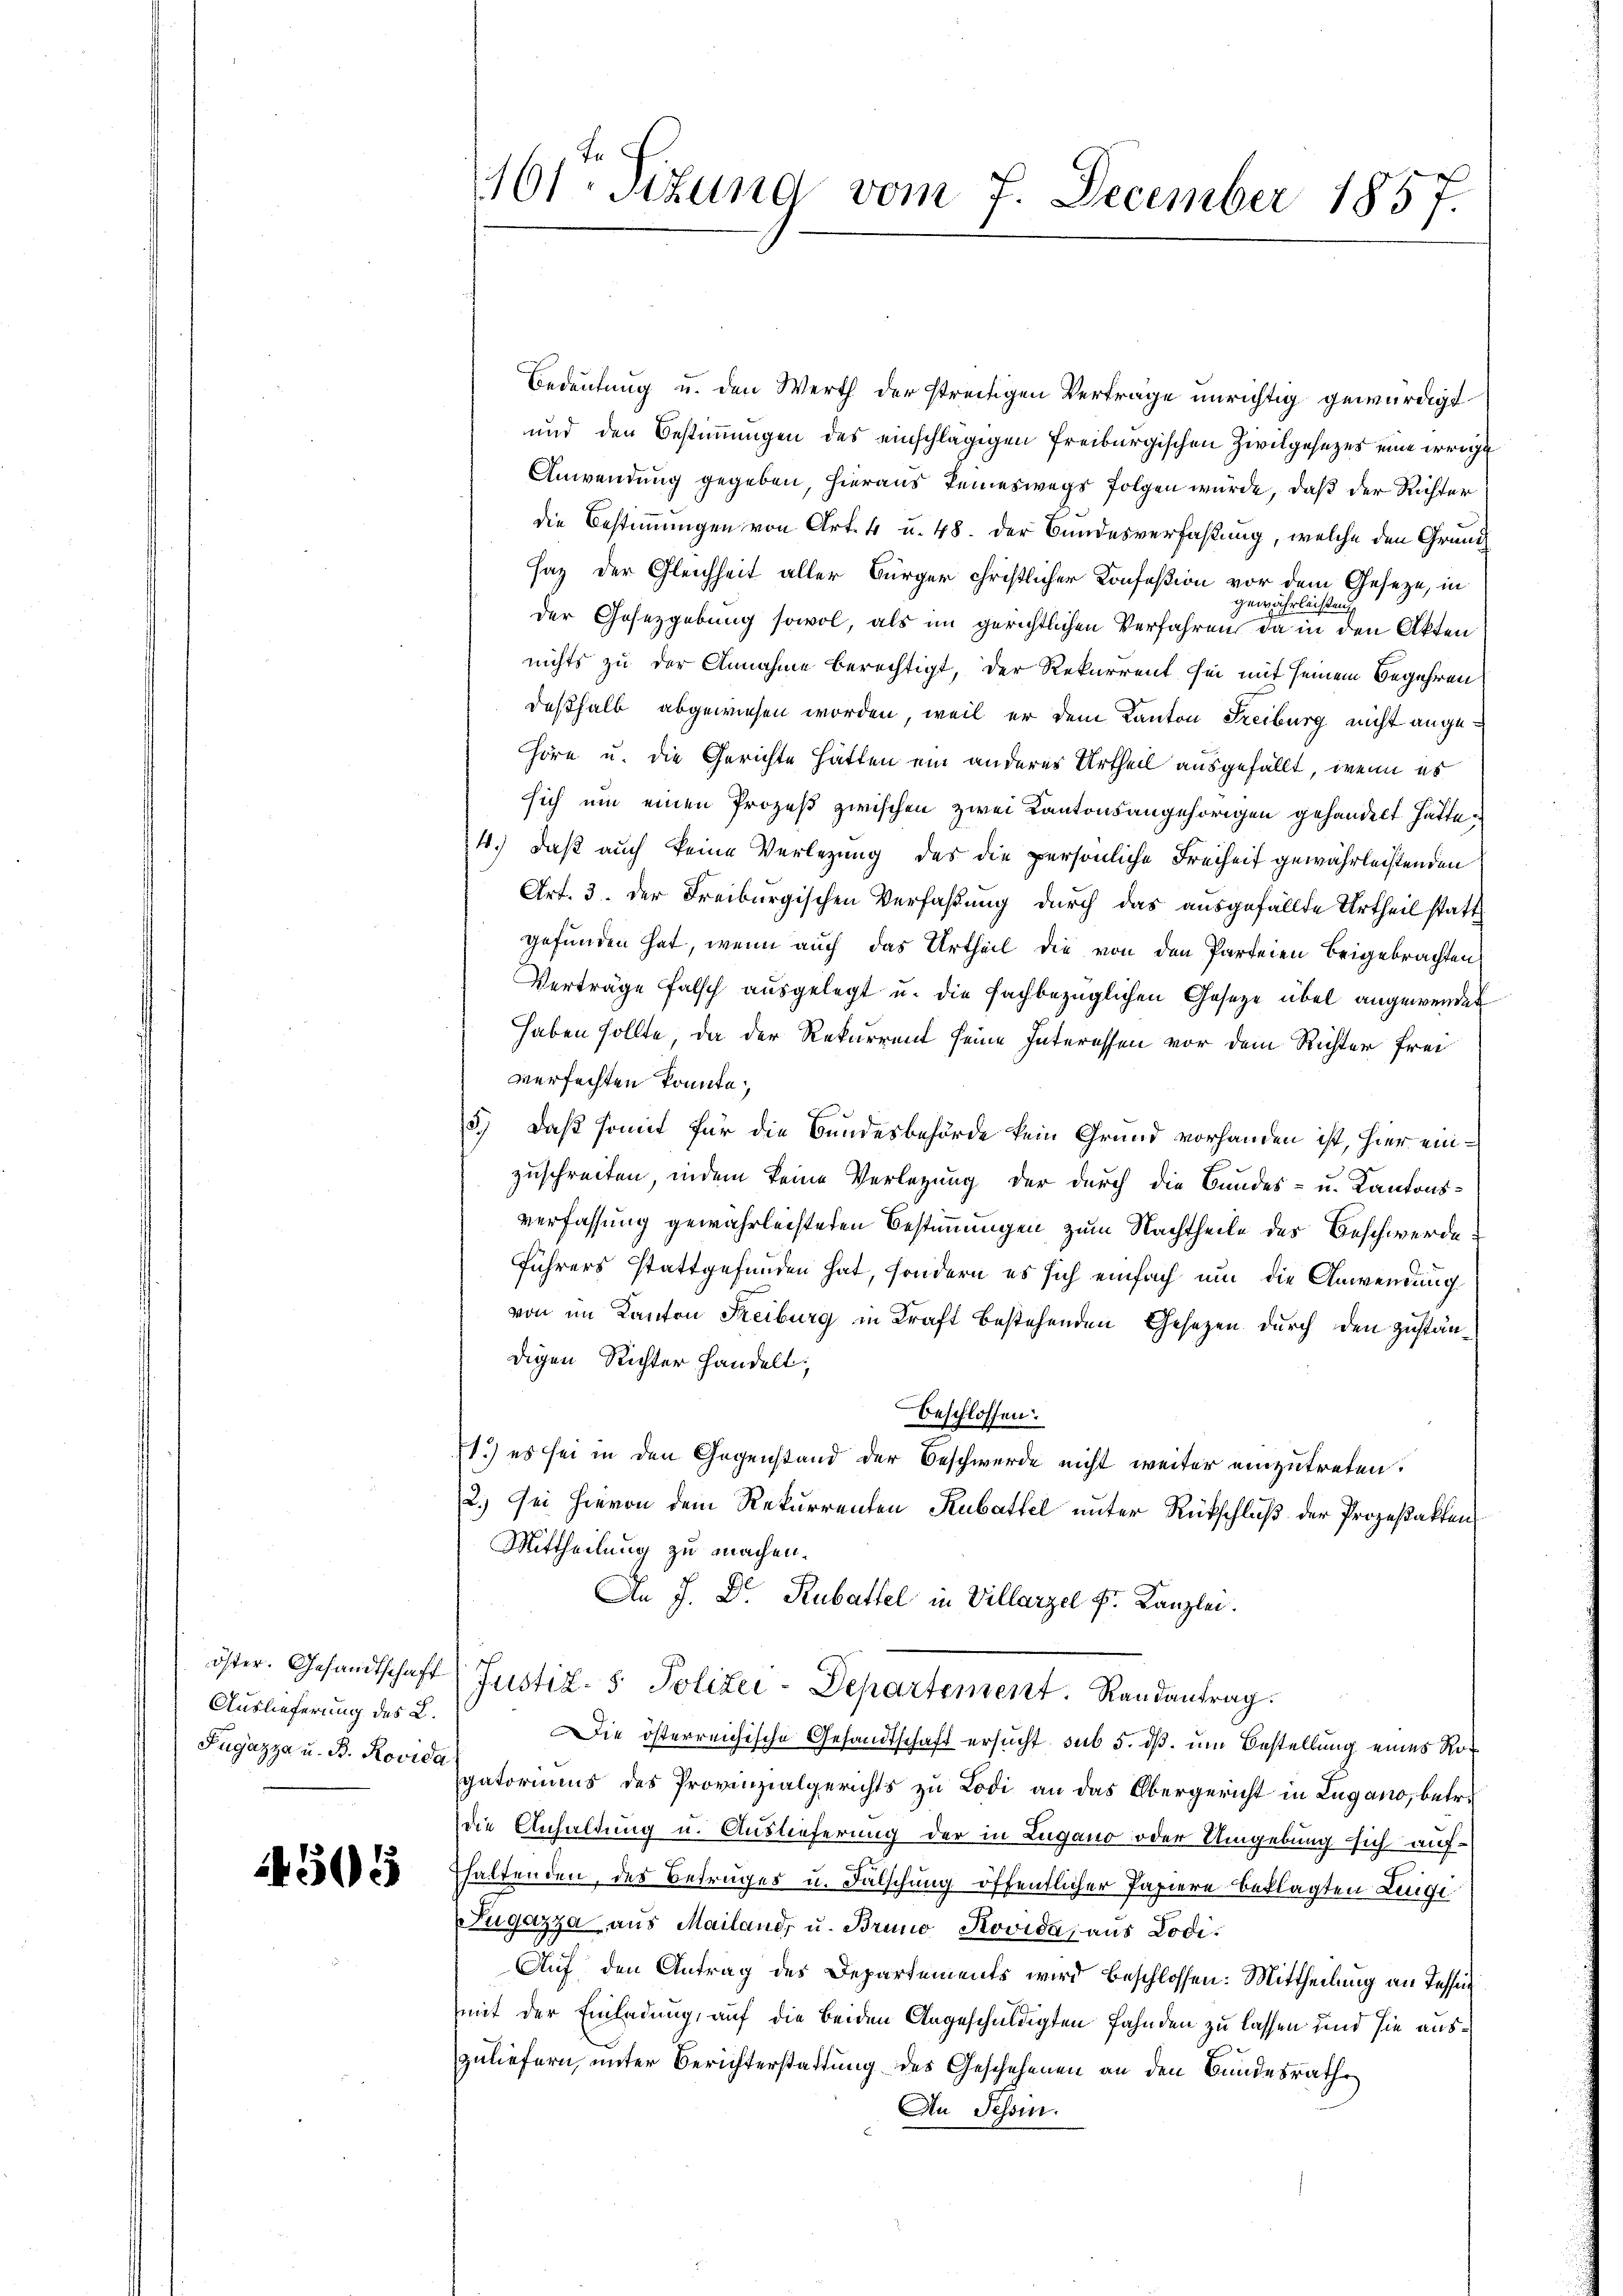
Auslieferung des L.
Pugazza u. B. Rovida

4505

101 Sitzung vom 7. December 1857.

Bedeutung u. den Werth der streitigen Vertrage unrichtig gewürdigt
und den Bestimmungen des einschlägigen Freiburgischen Zivilgesezes eine irrigi
Anwendung gegeben, hieraus keineswegs folgen würde, daß der Richter
die Bestimmungen von Art. 4 u. 48. der Bundesverfaßung, welche den Grund¬
Haz der Gleichheit aller Bürger christlicher Konfeßion vor dem Geseze, in
ewährte
n
der Gesetzgebung sowol, als im gerichtlichen Verfahren, da in den Akten
nichts zu der Annahme berechtigt, der Rekurrent sei mit seinem Begehren
deßhalb abgewiesen worden, weil er dem Kanton Freiburg nicht angehöre u. die Gerichte hatten ein anderes Urtheil ausgefällt, wenn es
sich um einen Prozeß zwischen zwei Kantonsangehörigen gehandelt hatte¬
4.) daß auch keine Verlegung des die persönliche Freiheit gewährleistenden
Art. 3. der Freiburgischen Verfaßung durch das ausgefällte Urtheil statt
gefunden hat, wenn auch das Urtheil die von den Parteien beigebrachten
Verträge falsch ausgelegt u. die fachbezüglichen Gesetze übel angewendet
haben sollte, da der Rekurrent seine Interessen vor dem Richter frei
verfachten konnte,
s
5., daß somit für die Bundesbehörde kein Grund vorhanden ist, hier einzuschreiten, indem keine Verlegung der durch die Bundes- u. Kantonsverfassung gewährleisteten Bestimmungen zum Nachtheile des Beschwerde
Führers stattgefunden hat, sondern es sich einfach um die Anwendung
von im Kanton Freiburg in Kraft bestehenden Gesetzen durch den Zuständigen Richter handelt;
beschlossen:
1.) es sei in den Gegenstand der Beschwerde nicht weiter einzutreten.
2.) Sei hievon dem Rekurrenten Kubattel unter Rückschluß der Prozeßakten
Mittheilung zu machen.
An J. Dr. Rubattel in Villarzel Fr. Kanzlei.
öster. Gesandtschaft (Justiz- & Polizei-Departensent. Randantrag.
Die österreichische Gesandtschaft ersucht sub 5. dß. um Bestellung eines Roc
gatoriums des Provinzialgerichts zu Lodi an das Obergericht in Lugano, betr.
die Anhaltung u. Auslieferung der in Lugano oder Umgebung sich auf
haltenden, des Betrages u. Fälschung öffentlicher Papiere beklagten Leige
Fugazza aus Mailand, u. Bruno Rovida, aus Lodi¬
Auf den Antrag des Departements wird beschlossen: Mittheilung an Tessin
mit der Einladung, auf die beiden Angeschuldigten Fahnden zu lassen und sie auszuliefern, unter Berichterstattung des Geschehenen an den Bundesrathe
An Tessin.